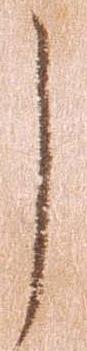
し